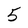
Character: 5